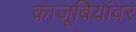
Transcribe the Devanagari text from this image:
काजूबियांवर